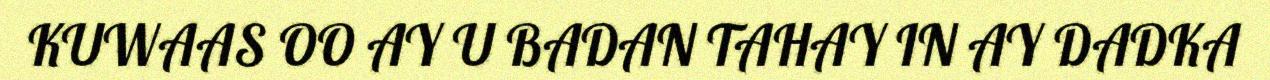
KUWAAS OO AY U BADAN TAHAY IN AY DADKA